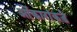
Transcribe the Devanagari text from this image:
ओंकारांकडे